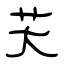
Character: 芖